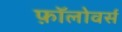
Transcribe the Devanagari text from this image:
फ़ॉलोवर्स